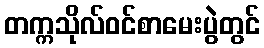
တက္ကသိုလ်ဝင်စာမေးပွဲတွင်